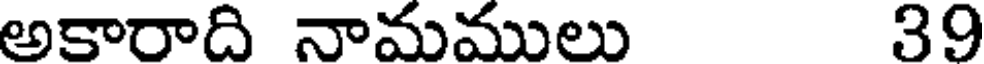
అకారాది నామములు 39